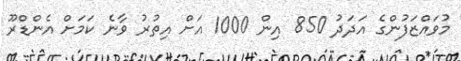
މުވައްޒަފުންގެ އަދަދު 850 އިން 1000 އަށް އިތުރު ވާނެ ކަމަށް އެންޑްރޫ